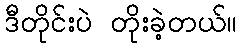
ဒီတိုင်းပဲ တိုးခဲ့တယ်။